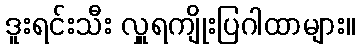
ဒူးရင်းသီး လှူရကျိုးပြဂါထာများ။